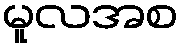
မူလအစ